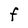
Character: F